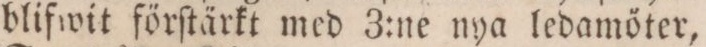
blifwit förſtärkt med 3:ne nya ledamöter,